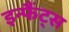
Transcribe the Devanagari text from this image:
इन्फैंट्स